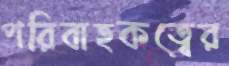
পরিবাহকত্বের